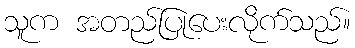
သူက အတည်ပြုပေးလိုက်သည်။